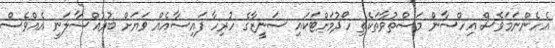
އެހެންނަމަވެސް އިހްސާން މަސްތުވާތަކެތި ހޯދުމަށްޓަކައި ސަނީޒާގެ ހުރިހާ ފައިސާއެއް ވަޔަށް ބުރުއްސާލަނީ އެއްވެސް